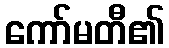
ကော်မတီ၏